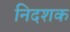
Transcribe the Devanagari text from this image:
निदशक